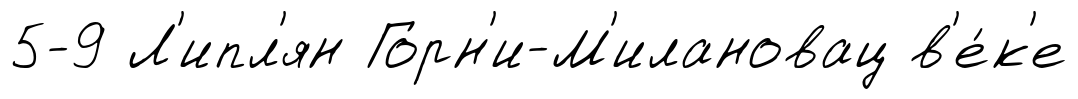
5-9 Л'ипл'ян Горн'и-М'илановац в'е́к'е